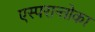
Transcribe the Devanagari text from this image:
एस्परान्तोका